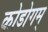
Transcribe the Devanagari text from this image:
कोडोगम्